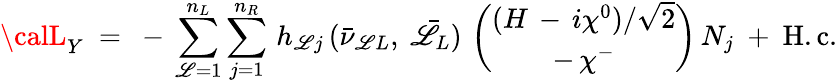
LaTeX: {\calL}_{Y}\ =\ -\, \sum_{\mathscr{L}=1}^{n_{L}}\sum_{j=1}^{n_{R}}\, h_{\mathscr{L}j}\, (\bar{{\nu}}_{\mathscr{L}L},\ \bar{{\mathscr{L}}}_{L})\, \left(\begin{array}{c}{{(H\, -\, i\chi^{0})/\sqrt{2}}}\\ {{-\, \chi^{-}}}\end{array}\right)\, N_{j}\ +\ \mathrm{{H.c.}}